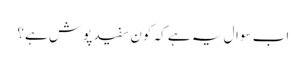
اب سوال یہ ہے کہ کون سفید پوش ہے؟